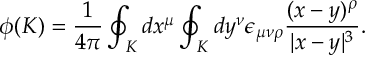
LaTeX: \phi ( { \cal K } ) = { \frac { 1 } { 4 \pi } } \oint _ { \cal K } d x ^ { \mu } \oint _ { \cal K } d y ^ { \nu } \epsilon _ { \mu \nu \rho } { \frac { ( x - y ) ^ { \rho } } { | x - y | ^ { 3 } } } .